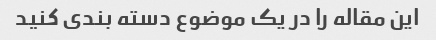
این مقاله را در یک موضوع دسته بندی کنید